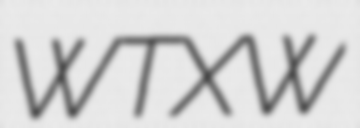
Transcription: WTXW